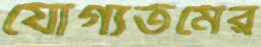
যোগ্যতমের